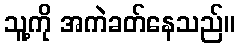
သူ့ကို အကဲခတ်နေသည်။